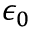
\epsilon _ { 0 }